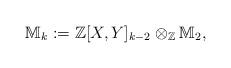
LaTeX: \begin{align*} \mathbb{M}_k:=\mathbb{Z}[X,Y]_{k-2}\otimes_{\mathbb{Z}} \mathbb{M}_2,\end{align*}